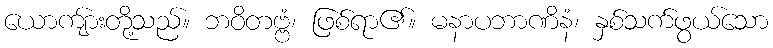
ယောကျ်ားတို့သည်။ ဘဝိတဗ္ဗံ၊ ဖြစ်ရာ၏။ မနာပဘာဏိနံ၊ နှစ်သက်ဖွယ်သော